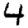
Digit: 4